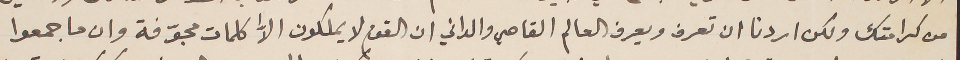
من كرامتك ولكن اردنا ان تعرف ويعرف العالم القاصي والداني ان القوم لا يملكون الاّ كلمات مجوّفة وان ما جمعوا